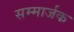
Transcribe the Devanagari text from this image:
सम्मार्जक